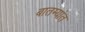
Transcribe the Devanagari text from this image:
बातम्‍यांत